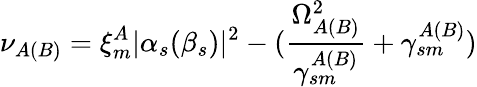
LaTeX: \nu_{A(B)}=\xi_{m}^{A}|\alpha_{s}(\beta_{s})|^{2}-(\frac{\Omega_{A(B)}^{2}}{\gamma_{sm}^{A(B)}}+\gamma_{sm}^{A(B)})